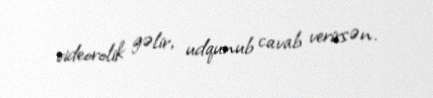
videorolik gəlir, udqunub cavab verirsən.